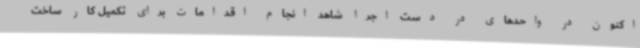
اکنون در واحدهای در دست اجرا شاهد انجام اقدامات برای تکمیل کار ساخت